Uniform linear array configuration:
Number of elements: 24
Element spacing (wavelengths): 1
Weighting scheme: uniform
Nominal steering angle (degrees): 15
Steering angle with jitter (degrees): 14.367
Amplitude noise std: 0.05
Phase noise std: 0.05

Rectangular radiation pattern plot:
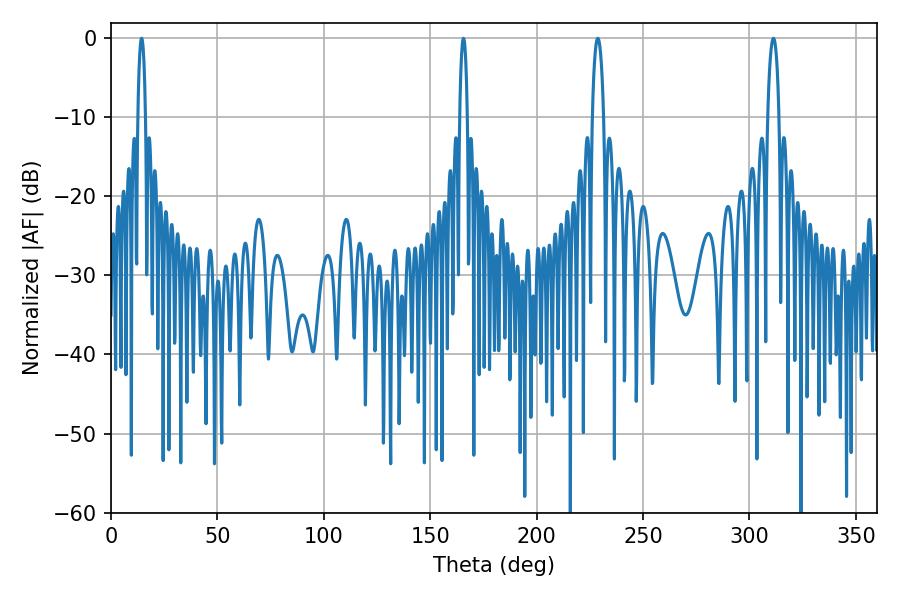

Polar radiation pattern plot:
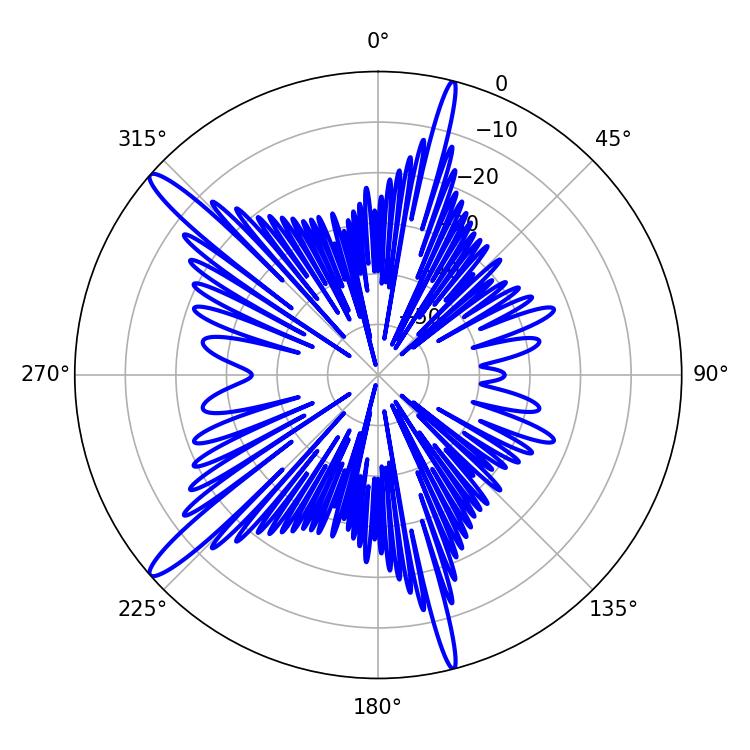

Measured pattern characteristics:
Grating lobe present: TRUE
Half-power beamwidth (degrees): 1.98
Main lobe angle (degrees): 14.4